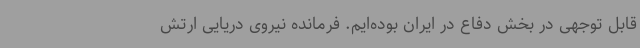
قابل توجهی در بخش دفاع در ایران بوده‌ایم. فرمانده نیروی دریایی ارتش